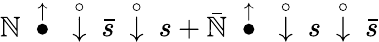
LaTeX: \mathbb{N}~\stackrel{\uparrow}{\bullet}~\stackrel{\circ}{\downarrow}~\bar{{s}}~\stackrel{\circ}{\downarrow}~s+\bar{{\mathbb{N}}}~\stackrel{\uparrow}{\bullet}~\stackrel{\circ}{\downarrow}~s~\stackrel{\circ}{\downarrow}~\bar{{s}}